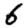
Digit: 6